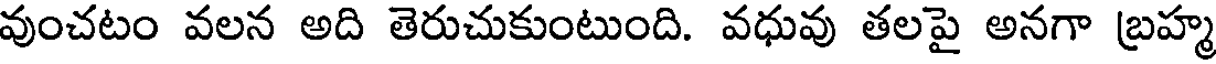
వుంచటం వలన అది తెరుచుకుంటుంది. వధువు తలపై అనగా బ్రహ్మ